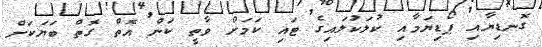
ގޮނޑިޔާއި ޕޯޑިޔަމާއި ކުލަކުލައިގެ ޓައި ކަމަށް ވާތީ ކަން އޮތް ގޮތް ބަޔަކަށް